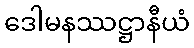
ဒေါမနဿဋ္ဌာနီယံ